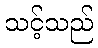
သင့်သည်